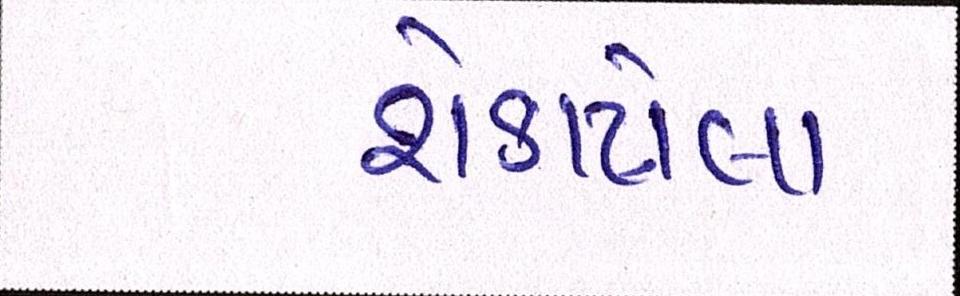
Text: શેકાયેલા